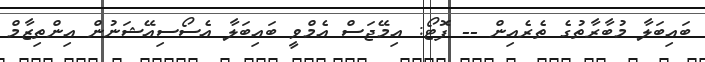
ބައިބަލާ މުބާރާތުގެ ތެރެއިން -- ފޮޓޯ: އިމޭޖަސް އެމްވީ ބައިބަލާ އެސޯސިއޭޝަނުން އިންތިޒާމް